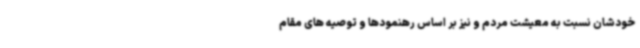
خودشان نسبت به معیشت مردم و نیز بر اساس رهنمودها و توصیه های مقام